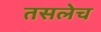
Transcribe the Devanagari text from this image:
तसलेच